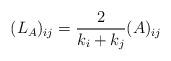
LaTeX: \begin{align*}(L_A)_{ij}=\frac{2}{k_i+k_j}(A)_{ij}\end{align*}